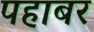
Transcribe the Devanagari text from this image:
पहाबर